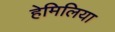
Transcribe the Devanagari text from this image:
हेमिलिया